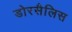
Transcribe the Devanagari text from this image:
डोरसैलिस